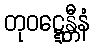
တုဝဋ္ဋေန္တီနံ